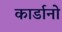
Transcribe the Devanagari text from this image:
कार्डानो